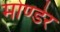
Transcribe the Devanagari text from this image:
मोण्डेर